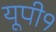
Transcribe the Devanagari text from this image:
यूपी१